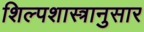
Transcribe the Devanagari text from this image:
शिल्पशास्त्रानुसार